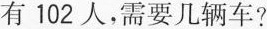
有102人，需要几辆车?